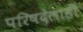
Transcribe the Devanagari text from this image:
परिषदेलाही